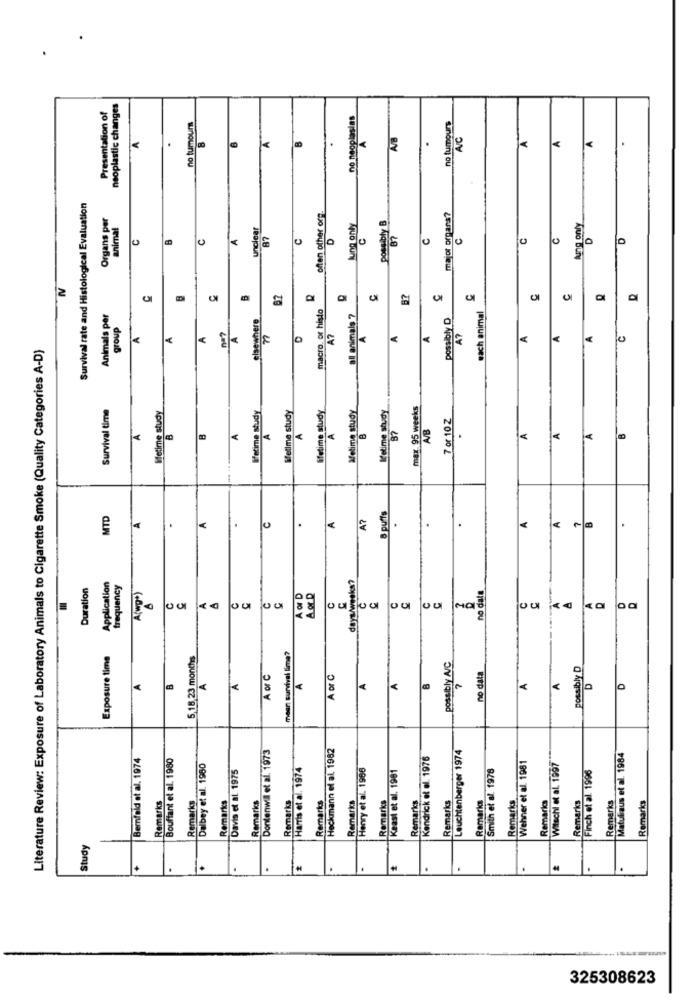
Presentation of
neoplastic changes
no neoplasias
no tumour
no tumours
A
B
A
AB
.
Survival rate and Histological Evaluation
Organs per
often other off
major organs?
animal
unclear
lung only
possibly B
tung only
B
A
87
C
D
C
C
0
N
C
B?
C
macro. or histo
each animal
Animals per
all animals 7
possibly D
group
elsewhere
A
A
A
A
A7
A
A
A
A?
A
C
Literature Review: Exposure of Laboratory Animals to Cigarette Smoke (Quality Categories A-D)
10
Survival time
Wellme study
lifetime study
Metime study
L'etime study
max 95 weeks
fetime study
lifetime study
7 or 10Z
A
37
AB
B
A
B
.
MTD
A
A?
puffs
A
.
Duration
Application
frequency
days/weeks?
A(wg*)
A or D
no data
C
000
00
001
00
00
Exposure time
5,16,23 months
maar survival lime?
possibly A/C
no data
possibly D
A or C
A or C
D
A
A
A
A
8
7
A
D
Dontenwil et al. 1973
Heckmann of ai. 1982
Leuchtenberger 1974
Bemfald et al. 1974
Bouffant et al. 1980
Kendrick et al. 1976
Wehner et al. 1981
Matuliaus et al. 1984
Dalbey et al. 1980
Davis et al. 1975
Harris et al. 1974
Henry et al. 1986
Keast et al. 1981
Smith et al. 1978
Witschi et al. 1997
Finch et al. 1996
Remarks
Remarks
Remarks
Remarks
Remarks
Remarks
Remarks
Remarks
Remarks
Remarks
Remarks
Remarks
Remarks
Remarks
Remark
Remarks
Study
.
.
2
.
.
.
.
325308623